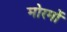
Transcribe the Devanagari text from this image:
मोरमों